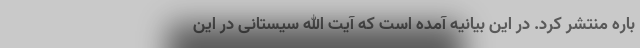
باره منتشر کرد. در این بیانیه آمده است که آیت الله سیستانی در این